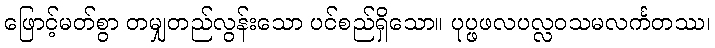
ဖြောင့်မတ်စွာ တမျှတည်လွန်းသော ပင်စည်ရှိသော။ ပုပ္ဖဖလပလ္လဝသမလင်္ကတဿ၊